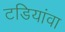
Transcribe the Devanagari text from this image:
टडियांवा